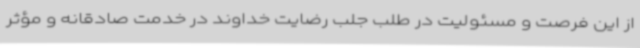
از این فرصت و مسئولیت در طلب جلب رضایت خداوند در خدمت صادقانه و مؤثر